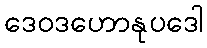
ဒေဝဒဟောနုပဒေါ